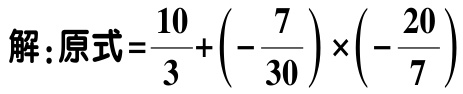
解：原式\(=\dfrac{10}{3}+\left(-\dfrac{7}{30}\right)\times\left(-\dfrac{20}{7}\right)\)